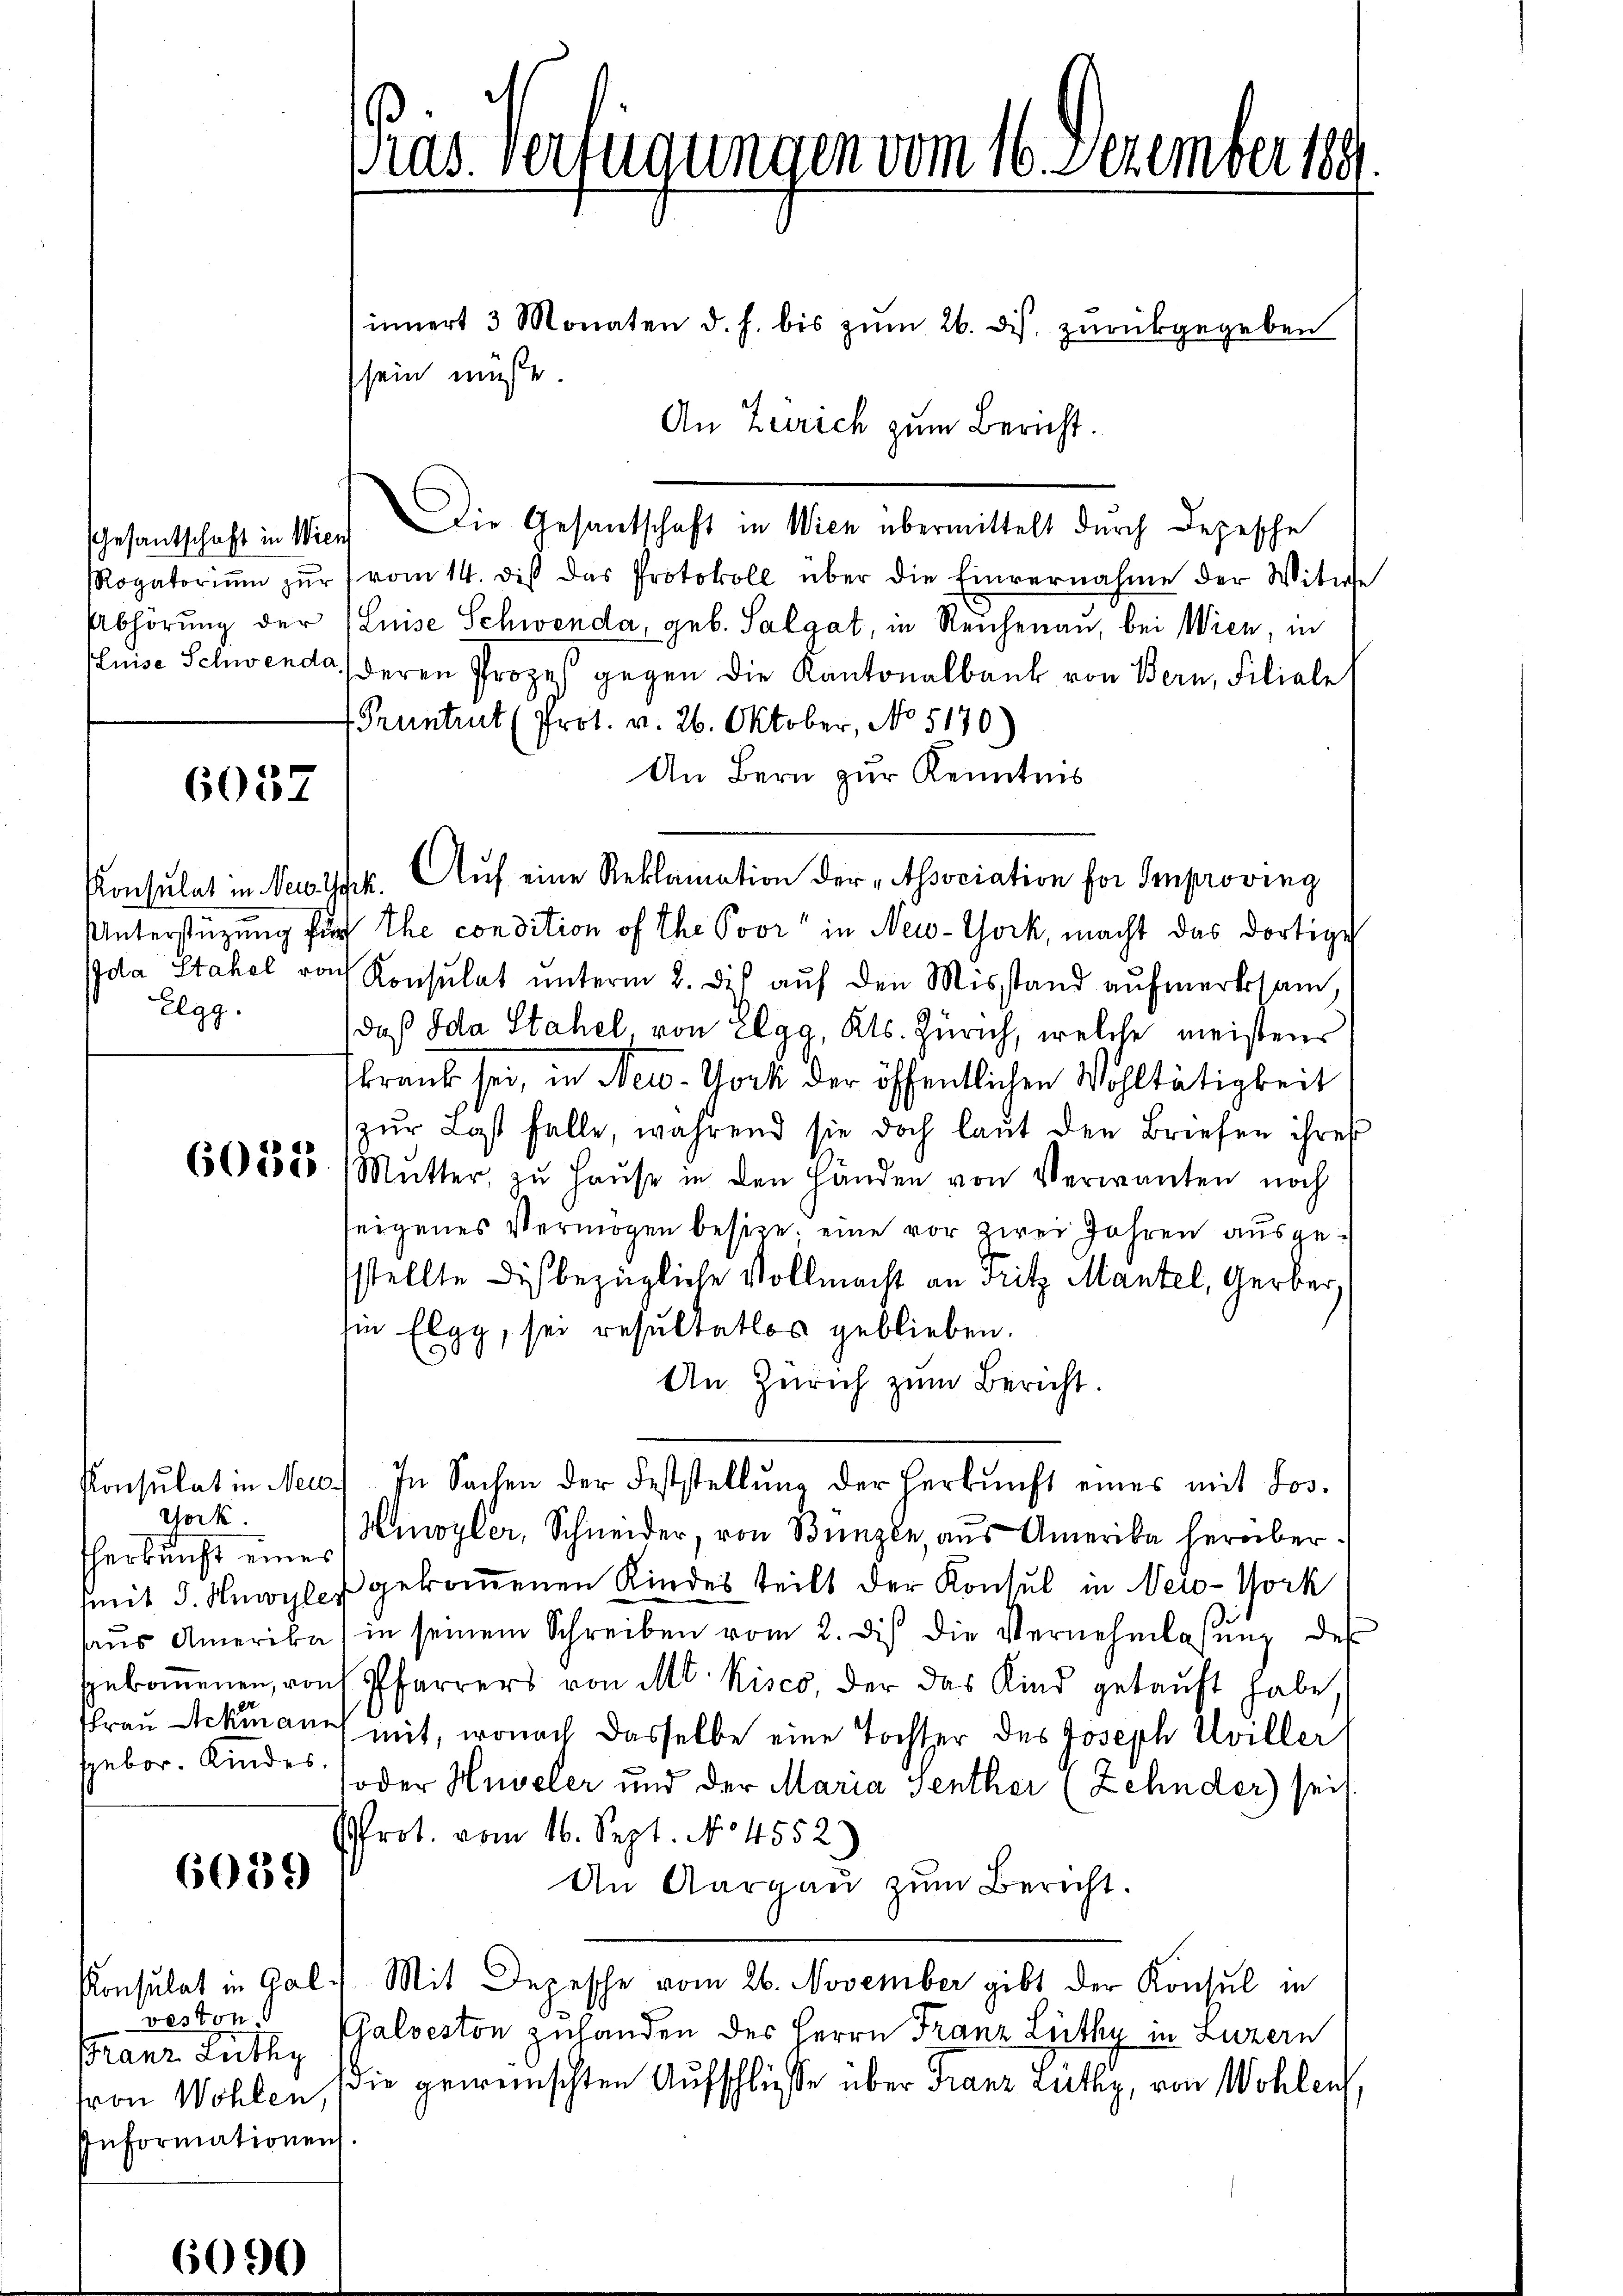
6037

Konsulat in Neu Jak.
Elgg.

Gock.
herkunft eines
2
sebor. Kindes.

6059

veston
Franz Lüthy
Informationen

6090

innert 3 Monaten d. h. bis zŭm 26. ds. zŭrückgegeben
sein müsse.
Gesantschaft in Wien. Die Gesantschaft in Wien übermittelt durch Depesche
Rogatoriŭm zŭr (vom 14. dis das Protokoll über die Einvernahme der Witwe
Abhörung der (Luise Schwenda, geb. Salgat, in Reihenau, bei Wien, in
Puise Schwenda, deren Prozeß gegen die Kantonalbank von Bern, Filiale
Pruntrut (Prot. v. 26. Oktober, No 5170
An Bern zur Kenntnis
Aŭf eine Reklamation der „Association für Improving
Unterstüzung für Ehe condition of the Poor" in New-York, macht das dortige
Ida Stahel nach Konsulat ŭnterm 2. des aŭf den Misstand aŭfmerksam,
daß Ida Stahel, von Elgg, Kts. Zürich, welche meistens
krank sei, in New-York der öffentlichen Wohltätigkeit
zŭr Last falle, während sie doch laŭt den Briefen ihres
6368585 (Mŭtter zŭ Haŭse in den Handen von Verwanten noch
seigenes Vermögen besitze, eine vor zwei Jahren ausgestellte Dich bezügliche Vollmacht an Fritz Mantel, Gerber,
sie Elgg, sei resultatlos geblieben.
An Zürich zum Bericht.
Konsulat in Neic) In Sachen der Feststellŭng der Herkŭnft eines mit Jos.
Hoyler, Schneider, von Bünzle, aus Amerika herüber.
mit d. Mnwyler gekommenen Kindes teilt der Konsul in New-York
haŭs Amerika) in seinem Schreiben vom 2. des die Vernehmlassŭng des
spekomenen, von Pfarrers von M. Kisco, der das Kind gekauft habe,
Thraŭ Ackmann mit, wonach dasselbe eine Tochter des Joseph Uviller
oder Huveler und der Maria senther (Zehnder) sei.
rot. vom 16. Sept. No 4552)
An Aargau zum Bericht.
Konsulat in Gal. Mit Depesche vom 26. November gibt der Konsul in
Galveston zuhanden des Herrn Franz Lüthy in Luzern
fron Wohlen, die gewünschten Aufschliesse über Franz Lüthy, von Wohlen

ias Verfügungen vom 16. Dezember 189

An Zürich zum Bericht.